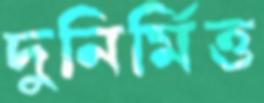
দুনির্মিত্ত